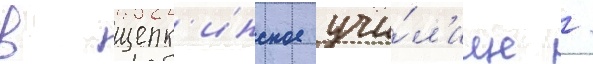
в щепк'инское учи́л'ище /